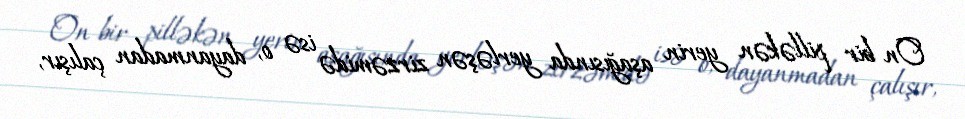
On bir pilləkən yerin aşağısında yerləşən zirzəmidə isə o, dayanmadan çalışır,